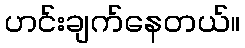
ဟင်းချက်နေတယ်။